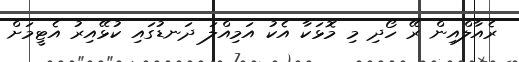
ރެއާލްއިން ރޭ ހޯދި މި މޮޅަކާ އެކު އަމިއްލަ ދަނޑުގައި ކުޅޭއިރު އެޓީމަށް